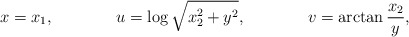
\begin{align*} x &= x_{1}, & u &= \log \sqrt{x_{2}^{2}+y^{2}}, & v &= \arctan\frac{x_{2}}{y}, \end{align*}